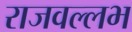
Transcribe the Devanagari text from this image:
राजवल्‍लभ